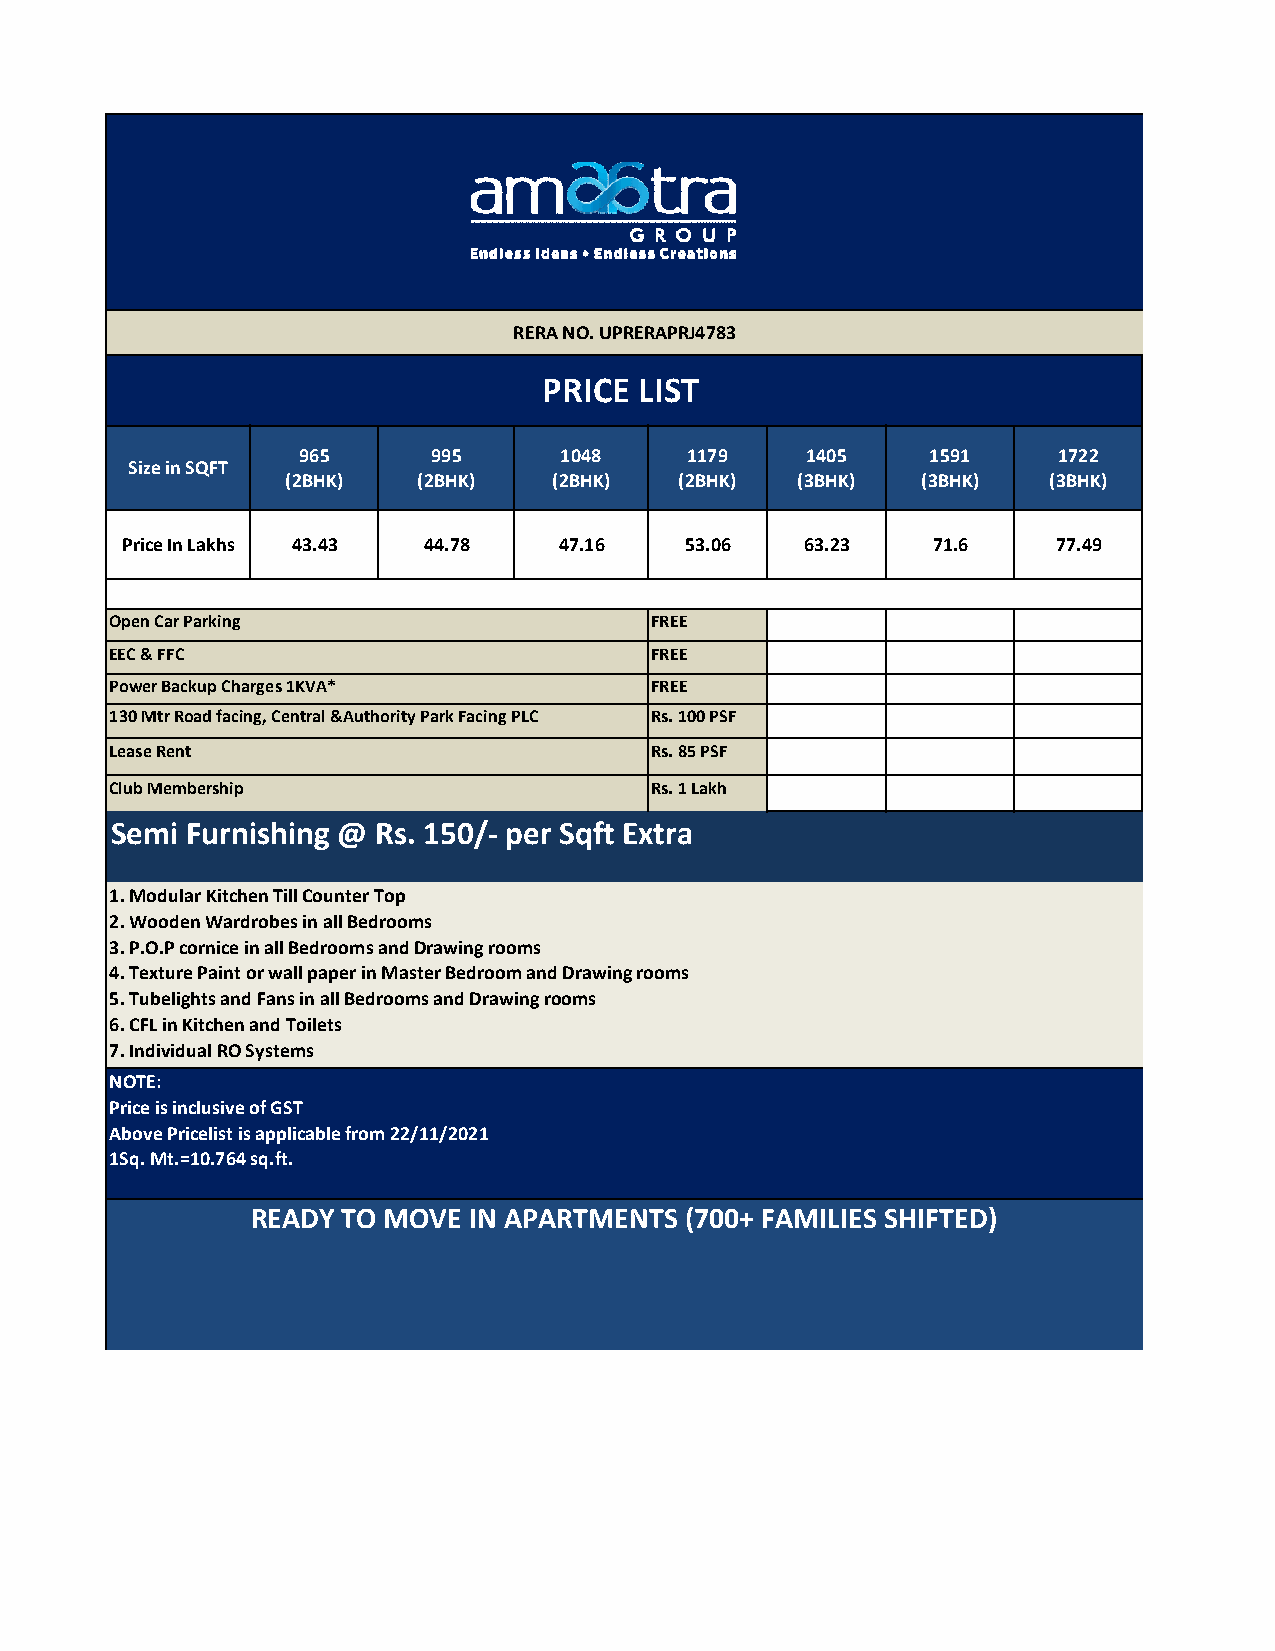
RERA NO. UPRERAPRJ4783
 PRICE LIST
 965      995     1048    1179    1405     1591    1722
 Size in SQFT
 (2BHK)   (2BHK)   (2BHK)  (2BHK)  (3BHK)  (3BHK)  (3BHK)
 Price In Lakhs 43.43 44.78   47.16   53.06   63.23    71.6    77.49
 Open Car Parking                    FREE
 EEC & FFC                           FREE
 Power Backup Charges 1KVA*          FREE
 130 Mtr Road facing, Central &Authority Park Facing PLC Rs. 100 PSF
 Lease Rent                          Rs. 85 PSF
 Club Membership                     Rs. 1 Lakh
 Semi Furnishing @ Rs. 150/- per Sqft Extra
 1. Modular Kitchen Till Counter Top
 2. Wooden Wardrobes in all Bedrooms
 3. P.O.P cornice in all Bedrooms and Drawing rooms
 4. Texture Paint or wall paper in Master Bedroom and Drawing rooms
 5. Tubelights and Fans in all Bedrooms and Drawing rooms
 6. CFL in Kitchen and Toilets
 7. Individual RO Systems
 NOTE:
 Price is inclusive of GST
 Above Pricelist is applicable from 22/11/2021
 1Sq. Mt.=10.764 sq.ft.
 READY TO MOVE IN APARTMENTS (700+ FAMILIES SHIFTED)